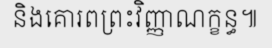
និងគោរពព្រះវិញ្ញាណក្ខន្ធ៕